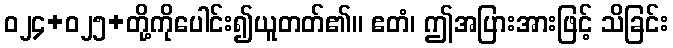
ဝ၂၄+၀၂၅+တို့ကိုပေါင်း၍ယူတတ်၏။ ဧတံ၊ ဤအပြားအားဖြင့် သိခြင်း